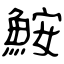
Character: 鮟